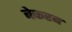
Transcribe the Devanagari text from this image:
बेकरब